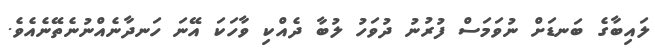
ލައިބާގެ ބަނޑަށް ނުވަމަސް ފުރުނު ދުވަހު ލުބާ ދެއްކި ވާހަކަ އޭނަ ހަނދާނެއްނުނެތޭނެއެވެ.